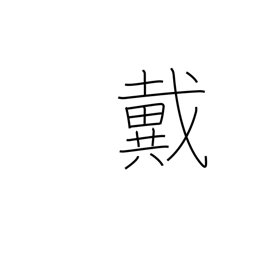
Meaning: be crowned with